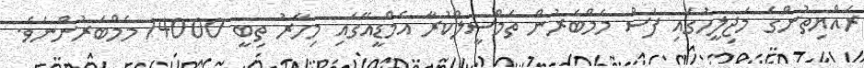
ރައްޔިތުންގެ މަޖިލީހުގައި ފަސް މެމްބަރުން ތަމްސީލްކުރާ އެމްޑީއޭގައި މިހާރު ތިބީ 14000 މެމްބަރުންނެވެ.